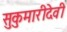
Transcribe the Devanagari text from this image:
सुकुमारीदेवी